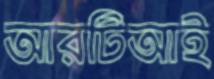
আরটিআই